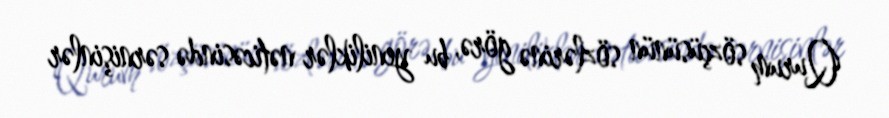
Qurum sözçüsünün sözlərinə görə, bu yeniliklər nəticəsində sərnişinlər